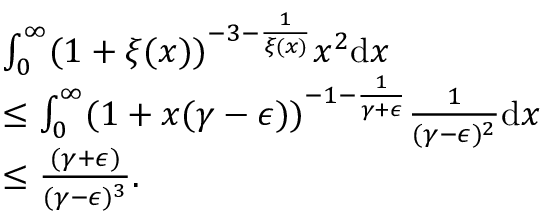
\begin{array} { r l } & { \int _ { 0 } ^ { \infty } ( 1 + \xi ( x ) ) ^ { - 3 - \frac { 1 } { \xi ( x ) } } x ^ { 2 } \mathrm { d } x } \\ & { \leq \int _ { 0 } ^ { \infty } ( 1 + x ( \gamma - \epsilon ) ) ^ { - 1 - \frac { 1 } { \gamma + \epsilon } } \frac { 1 } { ( \gamma - \epsilon ) ^ { 2 } } \mathrm { d } x } \\ & { \leq \frac { ( \gamma + \epsilon ) } { ( \gamma - \epsilon ) ^ { 3 } } . } \end{array}